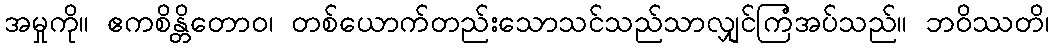
အမှုကို။ ဧကစိန္တိတောဝ၊ တစ်ယောက်တည်းသောသင်သည်သာလျှင်ကြံအပ်သည်။ ဘဝိဿတိ၊